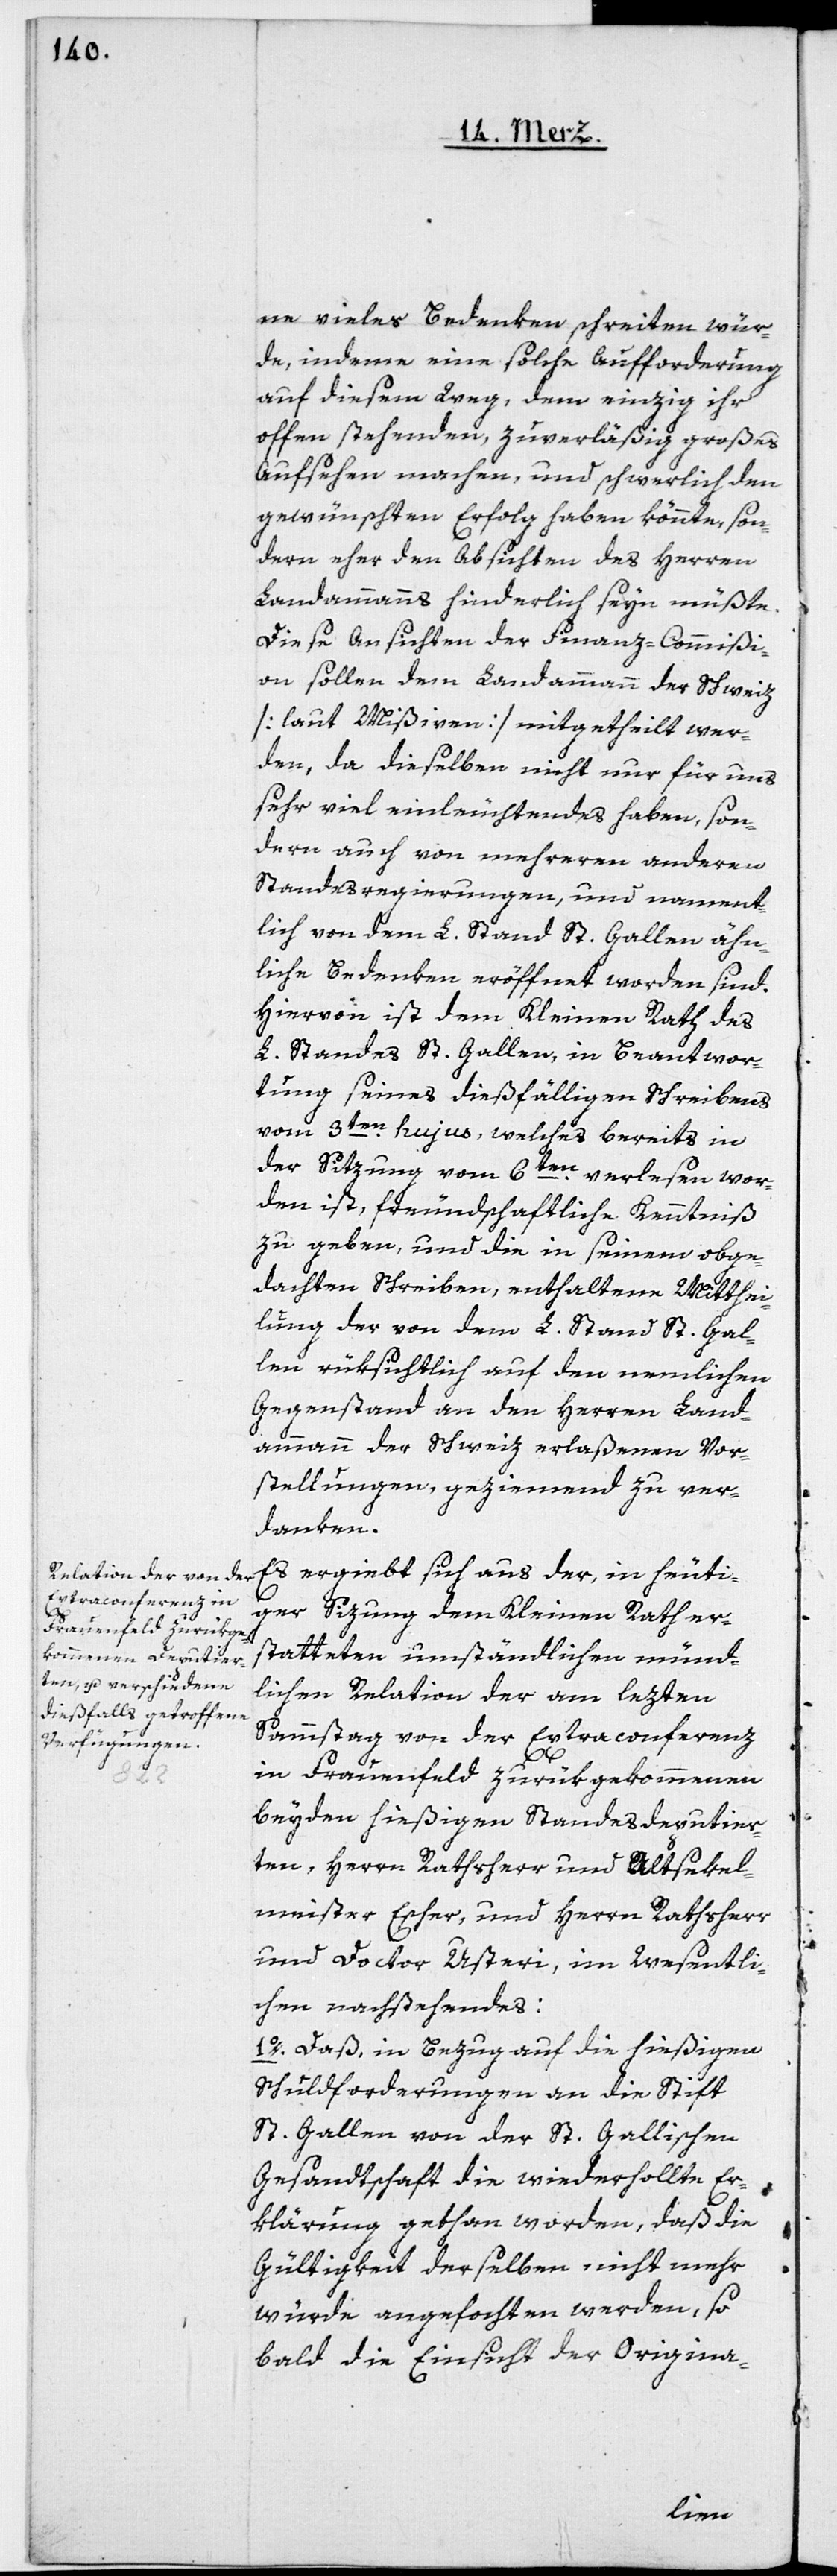
ne vieles Bedenken schreiten wür¬
de, indeme eine solche Aufforderung
auf diesem Weg, dem einzig ihr
offen stehenden, zuverläßig großes
Aufsehen machen, und schwerlich den
gewünschten Erfolg haben könnte, son¬
dern eher den Absichten des Herren
Landammanns hinderlich seyn müßte.
Diese Ansichten der Finanz-Commißi¬
on sollen dem Landammann der Schweiz
[laut Mißiven] mitgetheilt wer¬
den, da dieselben nicht nur für uns
sehr viel einleuchtendes haben, son¬
dern auch von mehreren anderen
Standesregierungen, und nament¬
lich von dem L. Stand St. Gallen ähn¬
liche Bedenken eröffnet worden sind.
Hiervon ist dem Kleinen Rath des
L. Standes St. Gallen in Beantwor¬
tung seines dießfälligen Schreibens
vom 3ten hujus, welches bereits in
der Sizung vom 6ten verlesen wor¬
den ist, freundschaftliche Kenntniß
zu geben, und die in seinem obge¬
dachten Schreiben, enthaltene Mitthei¬
lung der von dem L. Stand St. Gal¬
len rüksichtlich auf den nemlichen
Gegenstand an den Herren Land¬
ammann der Schweiz erlaßenen Vor¬
stellungen, geziemend zu ver¬
danken.
Es ergiebt sich aus der, in heuti¬
ger Sizung dem Kleinen Rath er¬
statteten umständlichen münd¬
lichen Relation der am lezten
Sammstag von der Extraconferenz
in Frauenfeld zurükgekommenen
beyden hießigen Standesdeputier¬
ten, Herrn Rathsherr und Altsekel¬
meister Escher, und Herrn Rathsherr
und Doctor Usteri, im wesentli¬
chen nachstehendes:
1o. Daß, in Bezug auf die hießigen
Schuldforderungen an die Stift
St. Gallen von der St. Gallischen
Gesandtschaft die wiederholte Er¬
klärung gethan worden, daß die
Gültigkeit derselben nicht mehr
würde angefochten werden, so
bald die Einsicht der Origina-